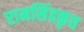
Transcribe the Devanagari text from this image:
रामसिंहकृत